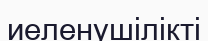
иеленушілікті